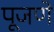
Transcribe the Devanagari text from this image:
पूजणे